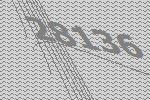
28136